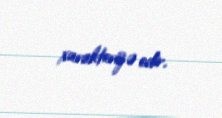
xarakterizə edir.